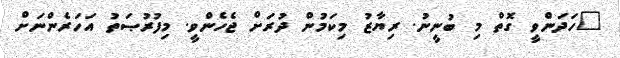
"ހަދަންވީ ގޮތް މި ބުނީނު. ރިޔާޒު މިކަމުން ދުރަށް ޖެހެންވީ. މިފުރުޞަތު އަހަރެންނަށް